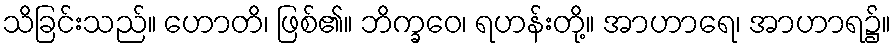
သိခြင်းသည်။ ဟောတိ၊ ဖြစ်၏။ ဘိက္ခဝေ၊ ရဟန်းတို့။ အာဟာရေ၊ အာဟာရ၌။